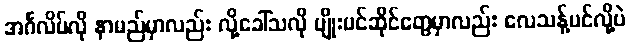
အင်္ဂလိပ်လို နာမည်မှာလည်း လို့ခေါ်သလို ပျိုးပင်ဆိုင်တွေမှာလည်း လေသန့်ပင်လို့ပဲ